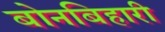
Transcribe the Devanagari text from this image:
बोनबिहारी